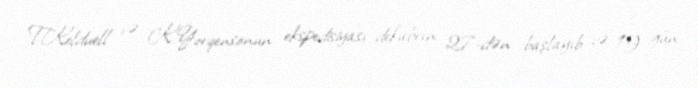
T.Kelduell və K.Yorqensonun ekspedisiyası dekabrın 27-dən başlayıb və 19 gün